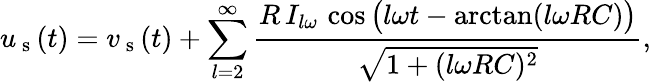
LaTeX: u_{\mathrm{~s~}}(t)=v_{\mathrm{~s~}}(t)+\displaystyle\sum_{l=2}^{\infty}\frac{R\, I_{l\omega}\, \cos\big(l\omega t-\arctan(l\omega RC)\big)}{\sqrt{1+(l\omega RC)^{2}}},